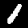
Digit: 1